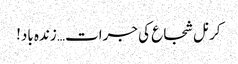
کرنل شجاع کی جرات… زندہ باد!